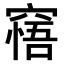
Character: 𥧝